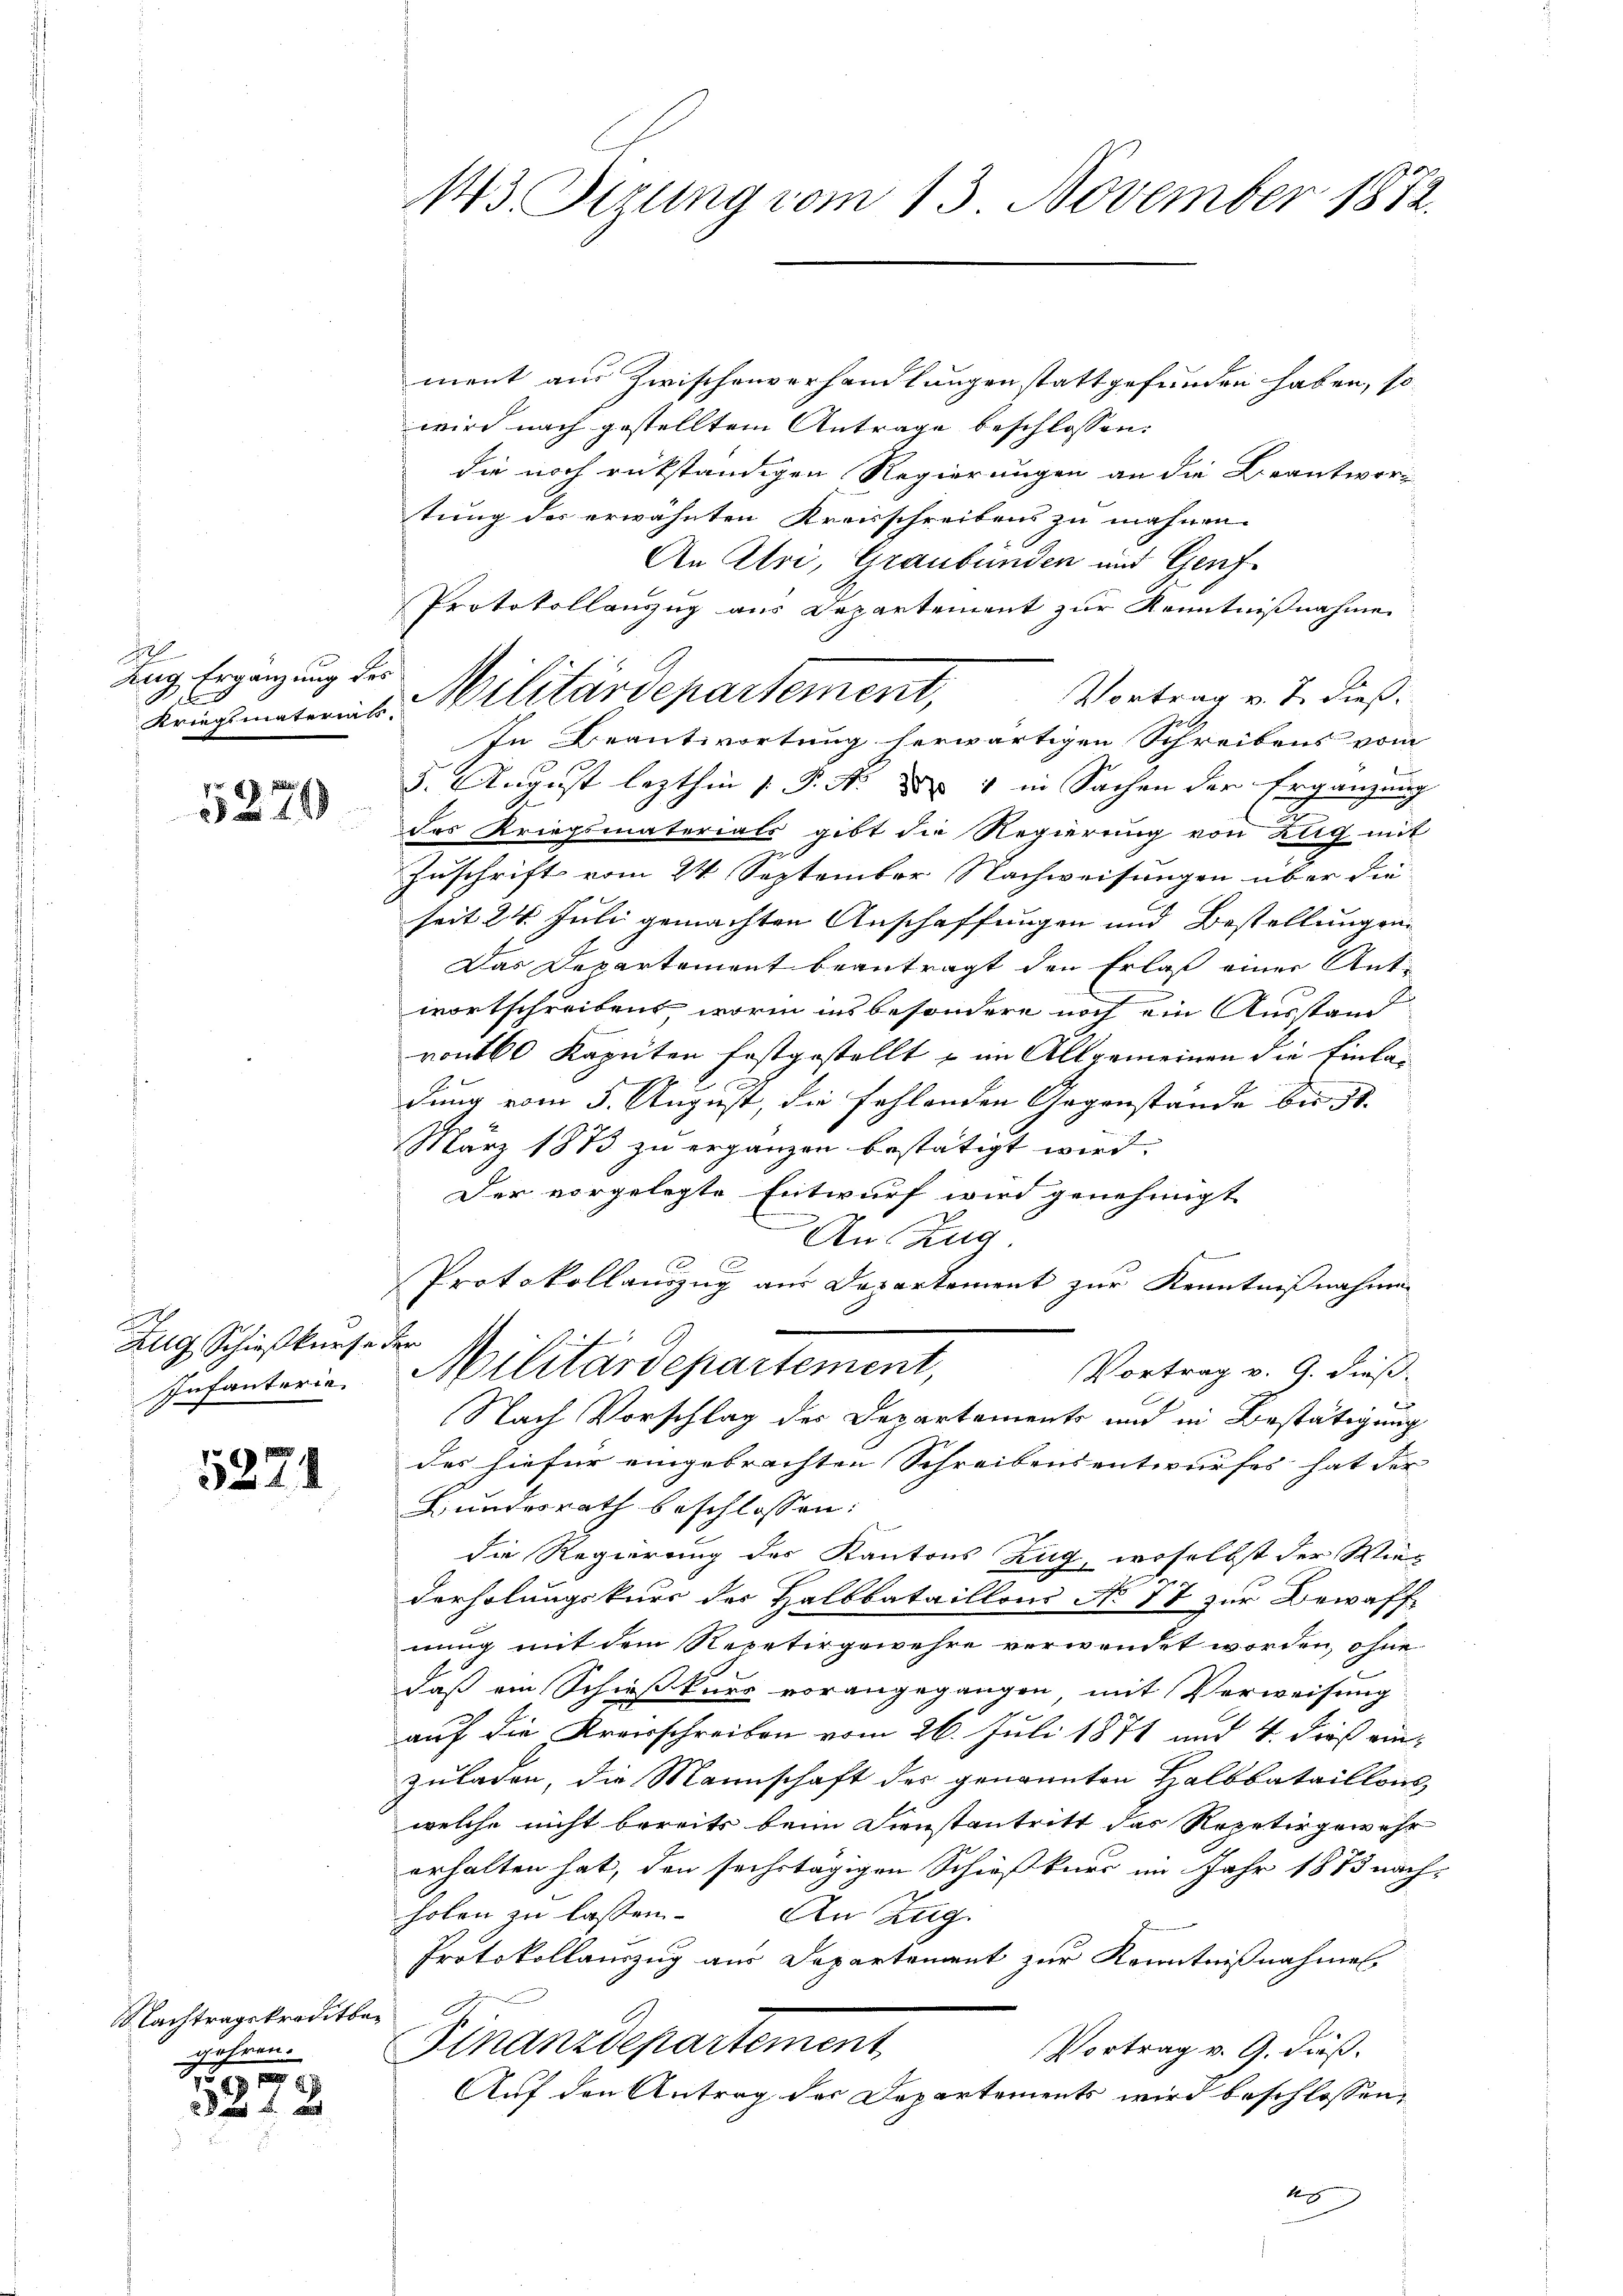
l
hng Ergänzung des

199

Zug Schießkurse der
Infanterie

5224

Nachtragskreditber
gehren.

191
2 f 5 x

ment aus Zwischenverhandlungen stattgefunden haben, so
wird nach gestelltem Antrage beschlossen.
die noch rükständigen Regierungen an die Beantwor
tung der erwähnten Kreisschreibens zu mahnen.
An Uri, Graubünden und Genf
Vortrag v. J. dieß:
In Beantwortung herwärtigen Schreibens vom
3. August lezthin P. R. d. 1 in Sachen der Ergänzung
das Kriegsmaterials gibt die Regierung von Klig mit
Zuschrift vom 24 September Nachweisungen über die
seit 24. Juli gemachten Anschaffungen und Bestellungen
Das Departement beantragt den Erlaß einer Antwortschreibens, worin ins besondere noch ein Ausstand
vont60 Kaputen festgestellt & im Allgemeinen die Einla¬
C
dung vom 5. August, die fehlenden Gegenstände bis 31.
März 1873 zu ergänzen bestätigt wird. |
Der vorgelegte Entwurf wird genehmigt
An Zug
x
Protokollauszug aus Departement zur Kenntnißnahmen
Militärdepartement,
Vortrag v. 9. dieß-
u
Nach Vorschlag des Departements und in Bestätigung
des hiefür eingebrachten Schreibensentwurfes hat der
Bundesrath beschlossen:
die Regierung des Kantons Zug, woselbst der Wiederholungskurs der Halbbataillons No 77 zur Bewaffnung mit dem Repetirgewehre verwendet worden, ohne
daß ein Schießkurs vorangegangen mit Verweisung
auf die Kreisschreiben vom 26. Juli 1871 und 4. dieß einzuladen, die Mannschaft des genannten Halbbataillons,
welche nicht bereits beim Dienstantritt das Repetergewehr
erhalten hat, den sechstägigen Schießkurs im Jahr 1873 nachholen zu lassen.
An Zug.
Protokollauszug aus Departement zur Kenntnißnahmen
Finanzdepartement,
Vortrag v. G. dieß.
Auf den Antrag der Departements wird beschlossen,
1

143. Derung vom 13. November 1872.

Protokollauszug aus Departement zur Kenntnißnahme
Kriegsmatris Militärdepartement,